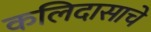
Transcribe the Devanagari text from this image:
कलिदासाचे